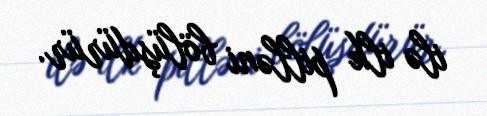
ilə ilk pilləni bölüşdürür.